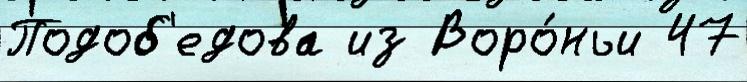
Подоб'едова из Воро́ньи 47